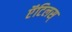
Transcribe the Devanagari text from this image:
ऍंटिलस्‌